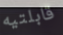
قابلتيه